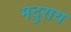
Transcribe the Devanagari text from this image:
मदुराय